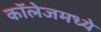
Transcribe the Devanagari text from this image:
कॉलेजमध्‍ये